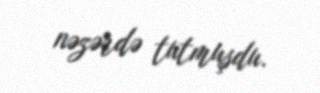
nəzərdə tutmuşdu.